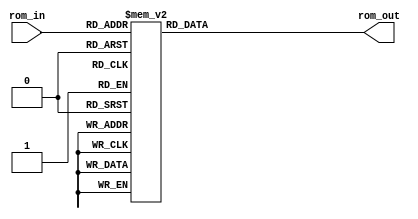
// This program was cloned from: https://github.com/lnis-uofu/OpenFPGA
// License: MIT License

module ROM(
	output reg [7:0] rom_out,
	input [3:0] rom_in
	);
	
	always @(*)
	begin
		rom_out = 8'bx;
		case(rom_in)
			4'b0000: rom_out = 8'b0000_1001; //LDA
			4'b0001: rom_out = 8'b0001_1010; //ADD
			4'b0010: rom_out = 8'b0001_1011; //ADD
			4'b0011: rom_out = 8'b0010_1100; //SUB
			4'b0100: rom_out = 8'b1110_xxxx; //OUT
			4'b0101: rom_out = 8'b1111_xxxx; //HLT
			4'b0110: rom_out = 8'bxxxx_xxxx;
			4'b0111: rom_out = 8'bxxxx_xxxx;
			4'b1000: rom_out = 8'bxxxx_xxxx;
			4'b1001: rom_out = 8'b0001_0000;
			4'b1010: rom_out = 8'b0001_0100;
			4'b1011: rom_out = 8'b0001_1000;
			4'b1100: rom_out = 8'b0010_0000;	
		endcase
	end
	
endmodule